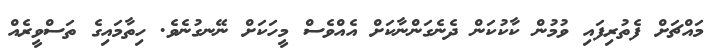
މައްޗަށް ފެތުރިފައި ވުމުން ކާކުކަން ދެނެގަންނާކަށް އެއްވެސް މީހަކަށް ނޭނގުނެވެ. ހިތާމައިގެ ތަސްވީރެއް